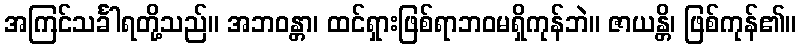
အကြင်သင်္ခါရတို့သည်။ အဘဝန္တာ၊ ထင်ရှားဖြစ်ရာဘဝမရှိကုန်ဘဲ။ ဇာယန္တိ၊ ဖြစ်ကုန်၏။